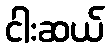
ငါးဆယ်